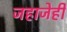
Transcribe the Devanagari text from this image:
जहाजेही